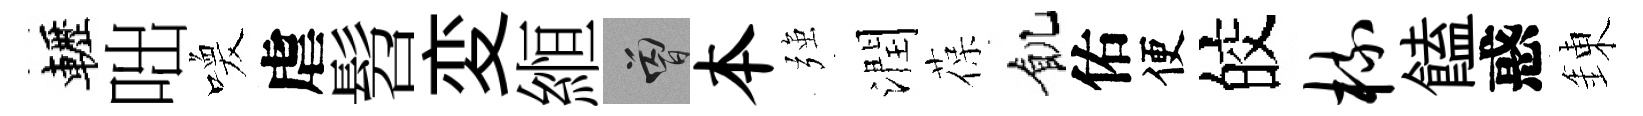
轣咄喚虐髫変縆曾本强潤葆飢佑便皎梳饁惑錬